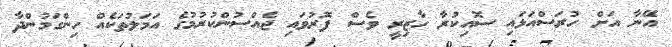
އޭނާ އަށް ހުރަސްއަޅައި ސޮއިކުރާ ހާޒިރީ ވެސް ފޮރުވައި ޖެއްސުންކުރުމުގެ އަމަލުތަކެއް ހިންގަމުންދާ